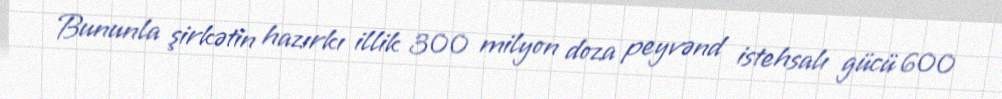
Bununla şirkətin hazırkı illik 300 milyon doza peyvənd istehsalı gücü 600